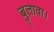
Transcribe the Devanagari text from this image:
बुलावा।